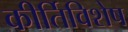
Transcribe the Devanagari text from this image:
कीर्तिविशेष